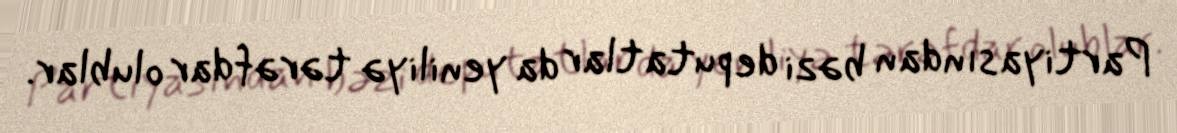
Partiyasından bəzi deputatlar da yeniliyə tərəfdar olublar.